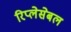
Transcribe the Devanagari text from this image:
रिप्लेसेबल